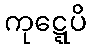
ကုဋ္ဋေပိ